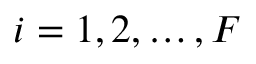
i = 1 , 2 , \dots , F